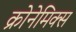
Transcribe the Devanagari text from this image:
क्रोनेमिक्स